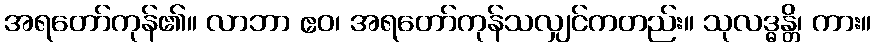
အရတော်ကုန်၏။ လာဘာ ဧဝ၊ အရတော်ကုန်သလျှင်ကတည်း။ သုလဒ္ဓန္တိ၊ ကား။